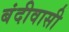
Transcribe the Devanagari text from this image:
बंदीवासी